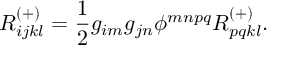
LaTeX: R _ { i j k l } ^ { ( + ) } = \frac { 1 } { 2 } g _ { i m } g _ { j n } \phi ^ { m n p q } R _ { p q k l } ^ { ( + ) } .